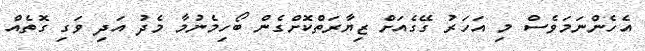
އެހެންނަމަވެސް މި އަހަރު ގޭގެއަށް ޒިޔާރަތްކޮށްގެން ބޯހިމެނުމާ މެދު އަދި ވަގި ގޮތެއް